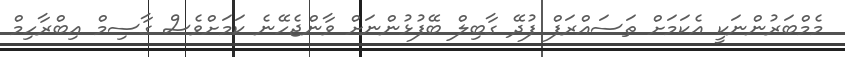
މެމްބަރުންނަކީ އެކަމަށް ތަސައްރަފް ފުދޭ ގާބިލް ބޭފުޅުންނަށް ވާންޖެހޭނެ ކަމަށްވެސް ގާސިމް އިބްރާހިމް